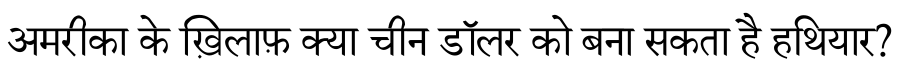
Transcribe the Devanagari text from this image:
अमरीका के ख़िलाफ़ क्या चीन डॉलर को बना सकता है हथियार?